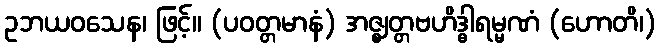
ဥဘယဝသေန၊ ဖြင့်။ (ပဝတ္တမာနံ) အဇ္ဈတ္တဗဟိဒ္ဓါရမ္မဏံ (ဟောတိ၊)